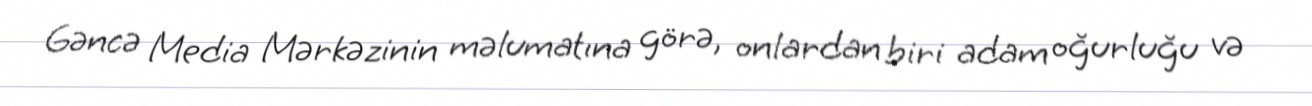
Gəncə Media Mərkəzinin məlumatına görə, onlardan biri adam oğurluğu və